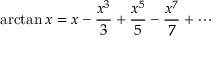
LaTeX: \arctan x = x - { \frac { x ^ { 3 } } { 3 } } + { \frac { x ^ { 5 } } { 5 } } - { \frac { x ^ { 7 } } { 7 } } + \cdots